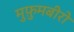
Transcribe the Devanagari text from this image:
मुफ़ुमबीरो